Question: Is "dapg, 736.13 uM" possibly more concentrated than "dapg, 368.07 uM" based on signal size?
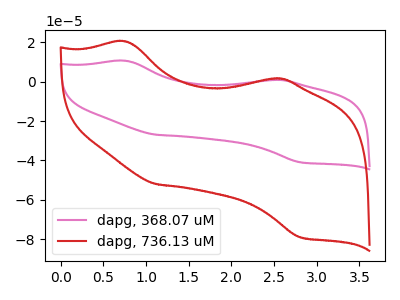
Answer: <think>The pink curve "dapg, 368.07 uM" has anodic peaks at (0.75V, 10.55uA) (2.45V, 0.80uA) and cathodic peaks at (1.15V, -26.95uA) (2.80V, -40.90uA). The red curve "dapg, 736.13 uM" has anodic peaks at (0.75V, 20.35uA) (2.45V, 1.55uA) and cathodic peaks at (1.15V, -52.00uA) (2.80V, -78.90uA).
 All the peaks in "dapg, 736.13 uM" have a peak in "dapg, 368.07 uM" at the same potential. Every peak in "dapg, 736.13 uM" is higher than every peak in "dapg, 368.07 uM".</think>
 <answer>"dapg, 736.13 uM" has more signal than "dapg, 368.07 uM".</answer>
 <eval>more_signal</eval>